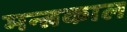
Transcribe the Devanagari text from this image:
मन्त्रकाल